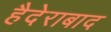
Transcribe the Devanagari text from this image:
हैदेराबाद